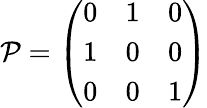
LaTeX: \mathcal{P}=\left(\begin{array}{lll}{0}&{1}&{0}\\ {1}&{0}&{0}\\ {0}&{0}&{1}\end{array}\right)